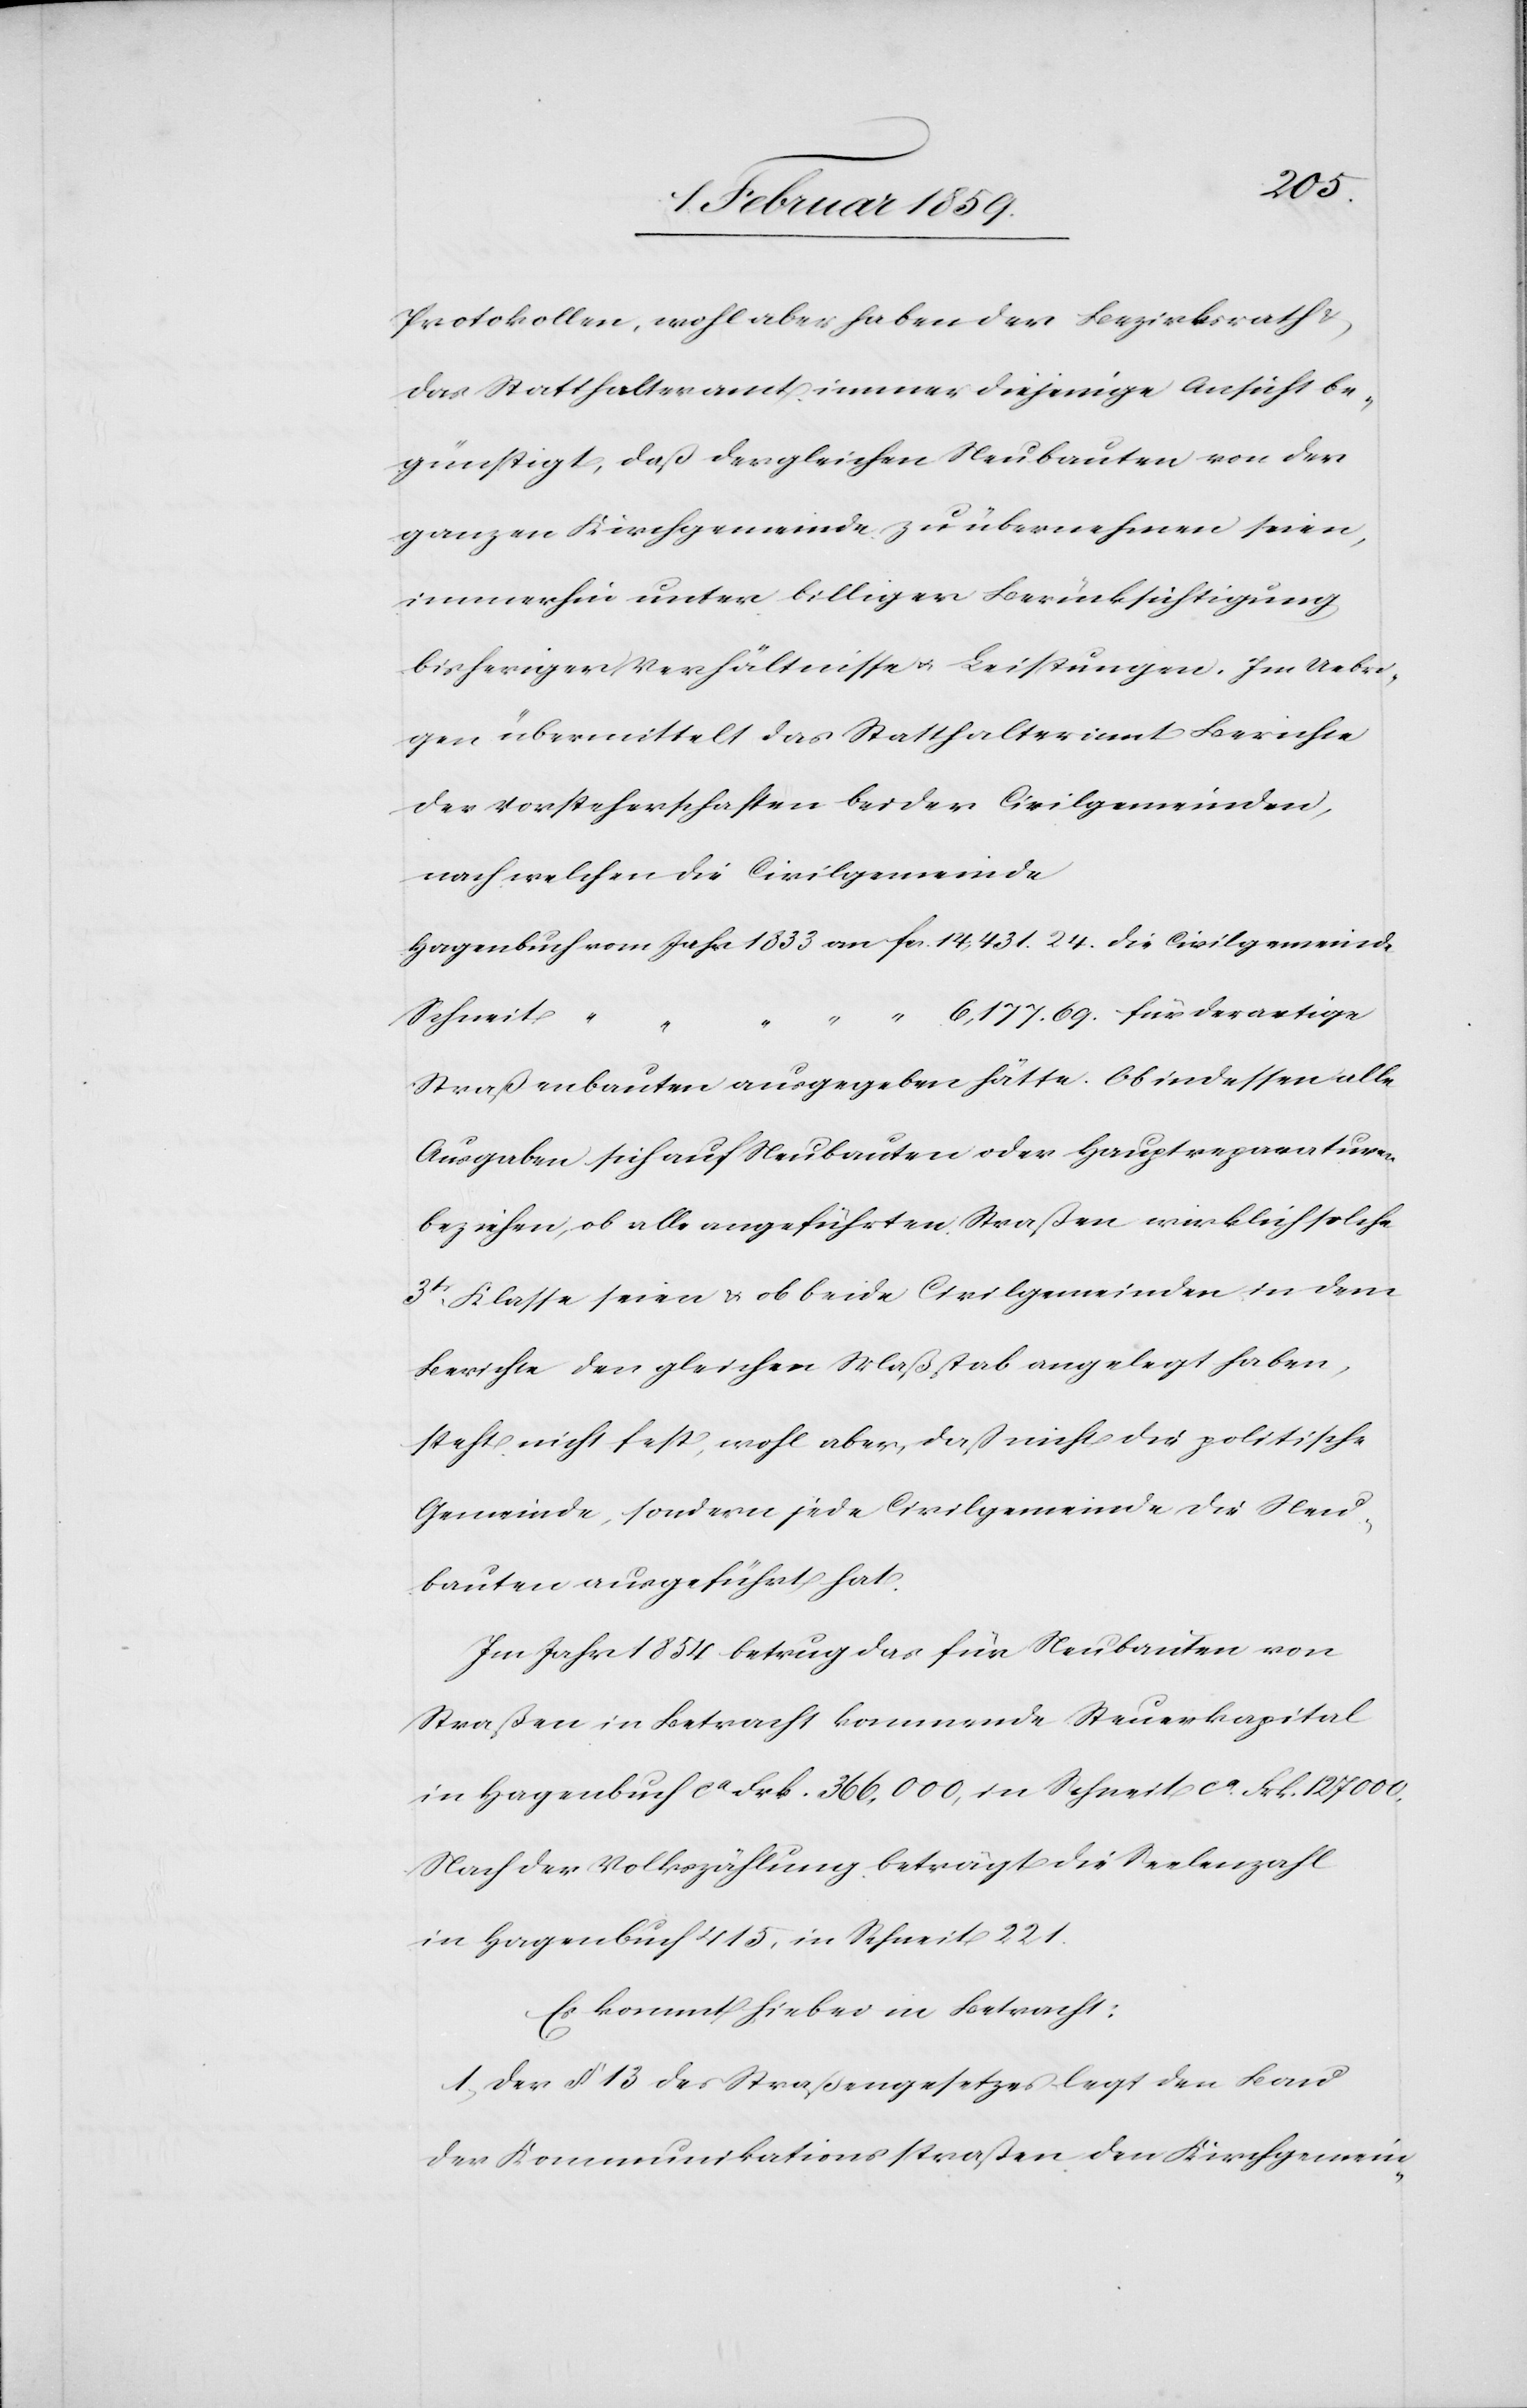
1833
Protokollen, wohl aber haben der Bezirksrath &
das Statthalteramt immer diejenige Ansicht be¬
günstigt, daß dergleichen Neubauten von der
ganzen Kirchgemeinde zu übernehmen seien,
immerhin unter billiger Berücksichtigung
bisheriger Verhältnisse u. Leistungen. Im Uebri¬
gen übermittelt das Statthalteramt Berichte
der Vorsteherschaften beider Civilgemeinden,
nach welchen die Civilgemeinde
Schneit
Straßenanbauten ausgegeben hätte. Ob indessen alle
Ausgaben sich auf Neubauten oder Hauptreparaturen
beziehen, ob alle angeführten Straßen wirklich solche
3tr. Klasse seien & ob beide Civilgemeinden in dem
Berichte den gleichen Maßstab angelegt haben,
steht nicht fest, wohl aber, daß nicht die politische
Gemeinde, sondern jede Civilgemeinde die Neu¬
bauten ausgeführt hat.
Im Jahr 1854 betrug das für Neubauten von
Straßen in Betracht kommende Steuerkapital
in Hagenbuch ca Frk. 366,000, in Schneit ca. Frk. 127,000.
Nach der Volkszählung beträgt die Seelenzahl
in Hagenbuch 415, in Schneit 221.
Es kommt hiebei in Betracht:
1, Der § 13 des Straßengesetztes legt den Bau
der Kommunikationsstraßen der Kirchgemein-